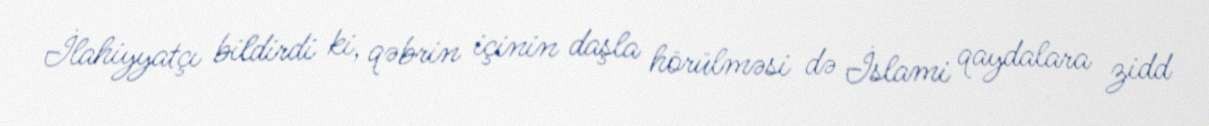
İlahiyyatçı bildirdi ki, qəbrin içinin daşla hörülməsi də İslami qaydalara zidd